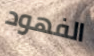
الفهود